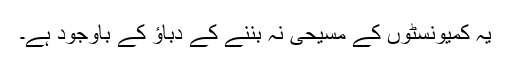
یہ کمیونسٹوں کے مسیحی نہ بننے کے دباؤ کے باوجود ہے۔